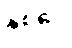
နှစ်ပေ